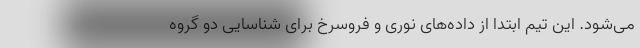
می‌شود. این تیم ابتدا از داده‌های نوری و فروسرخ برای شناسایی دو گروه